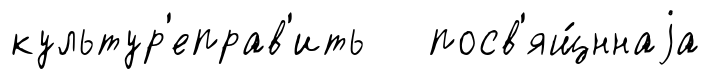
культур'еправ'ить посв'ящ́ннаjа